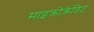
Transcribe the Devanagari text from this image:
माइक्रोक्रेडिट